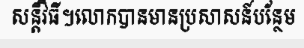
សន្តិវិធី។លោកបានមានប្រសាសន៍បន្ថែម